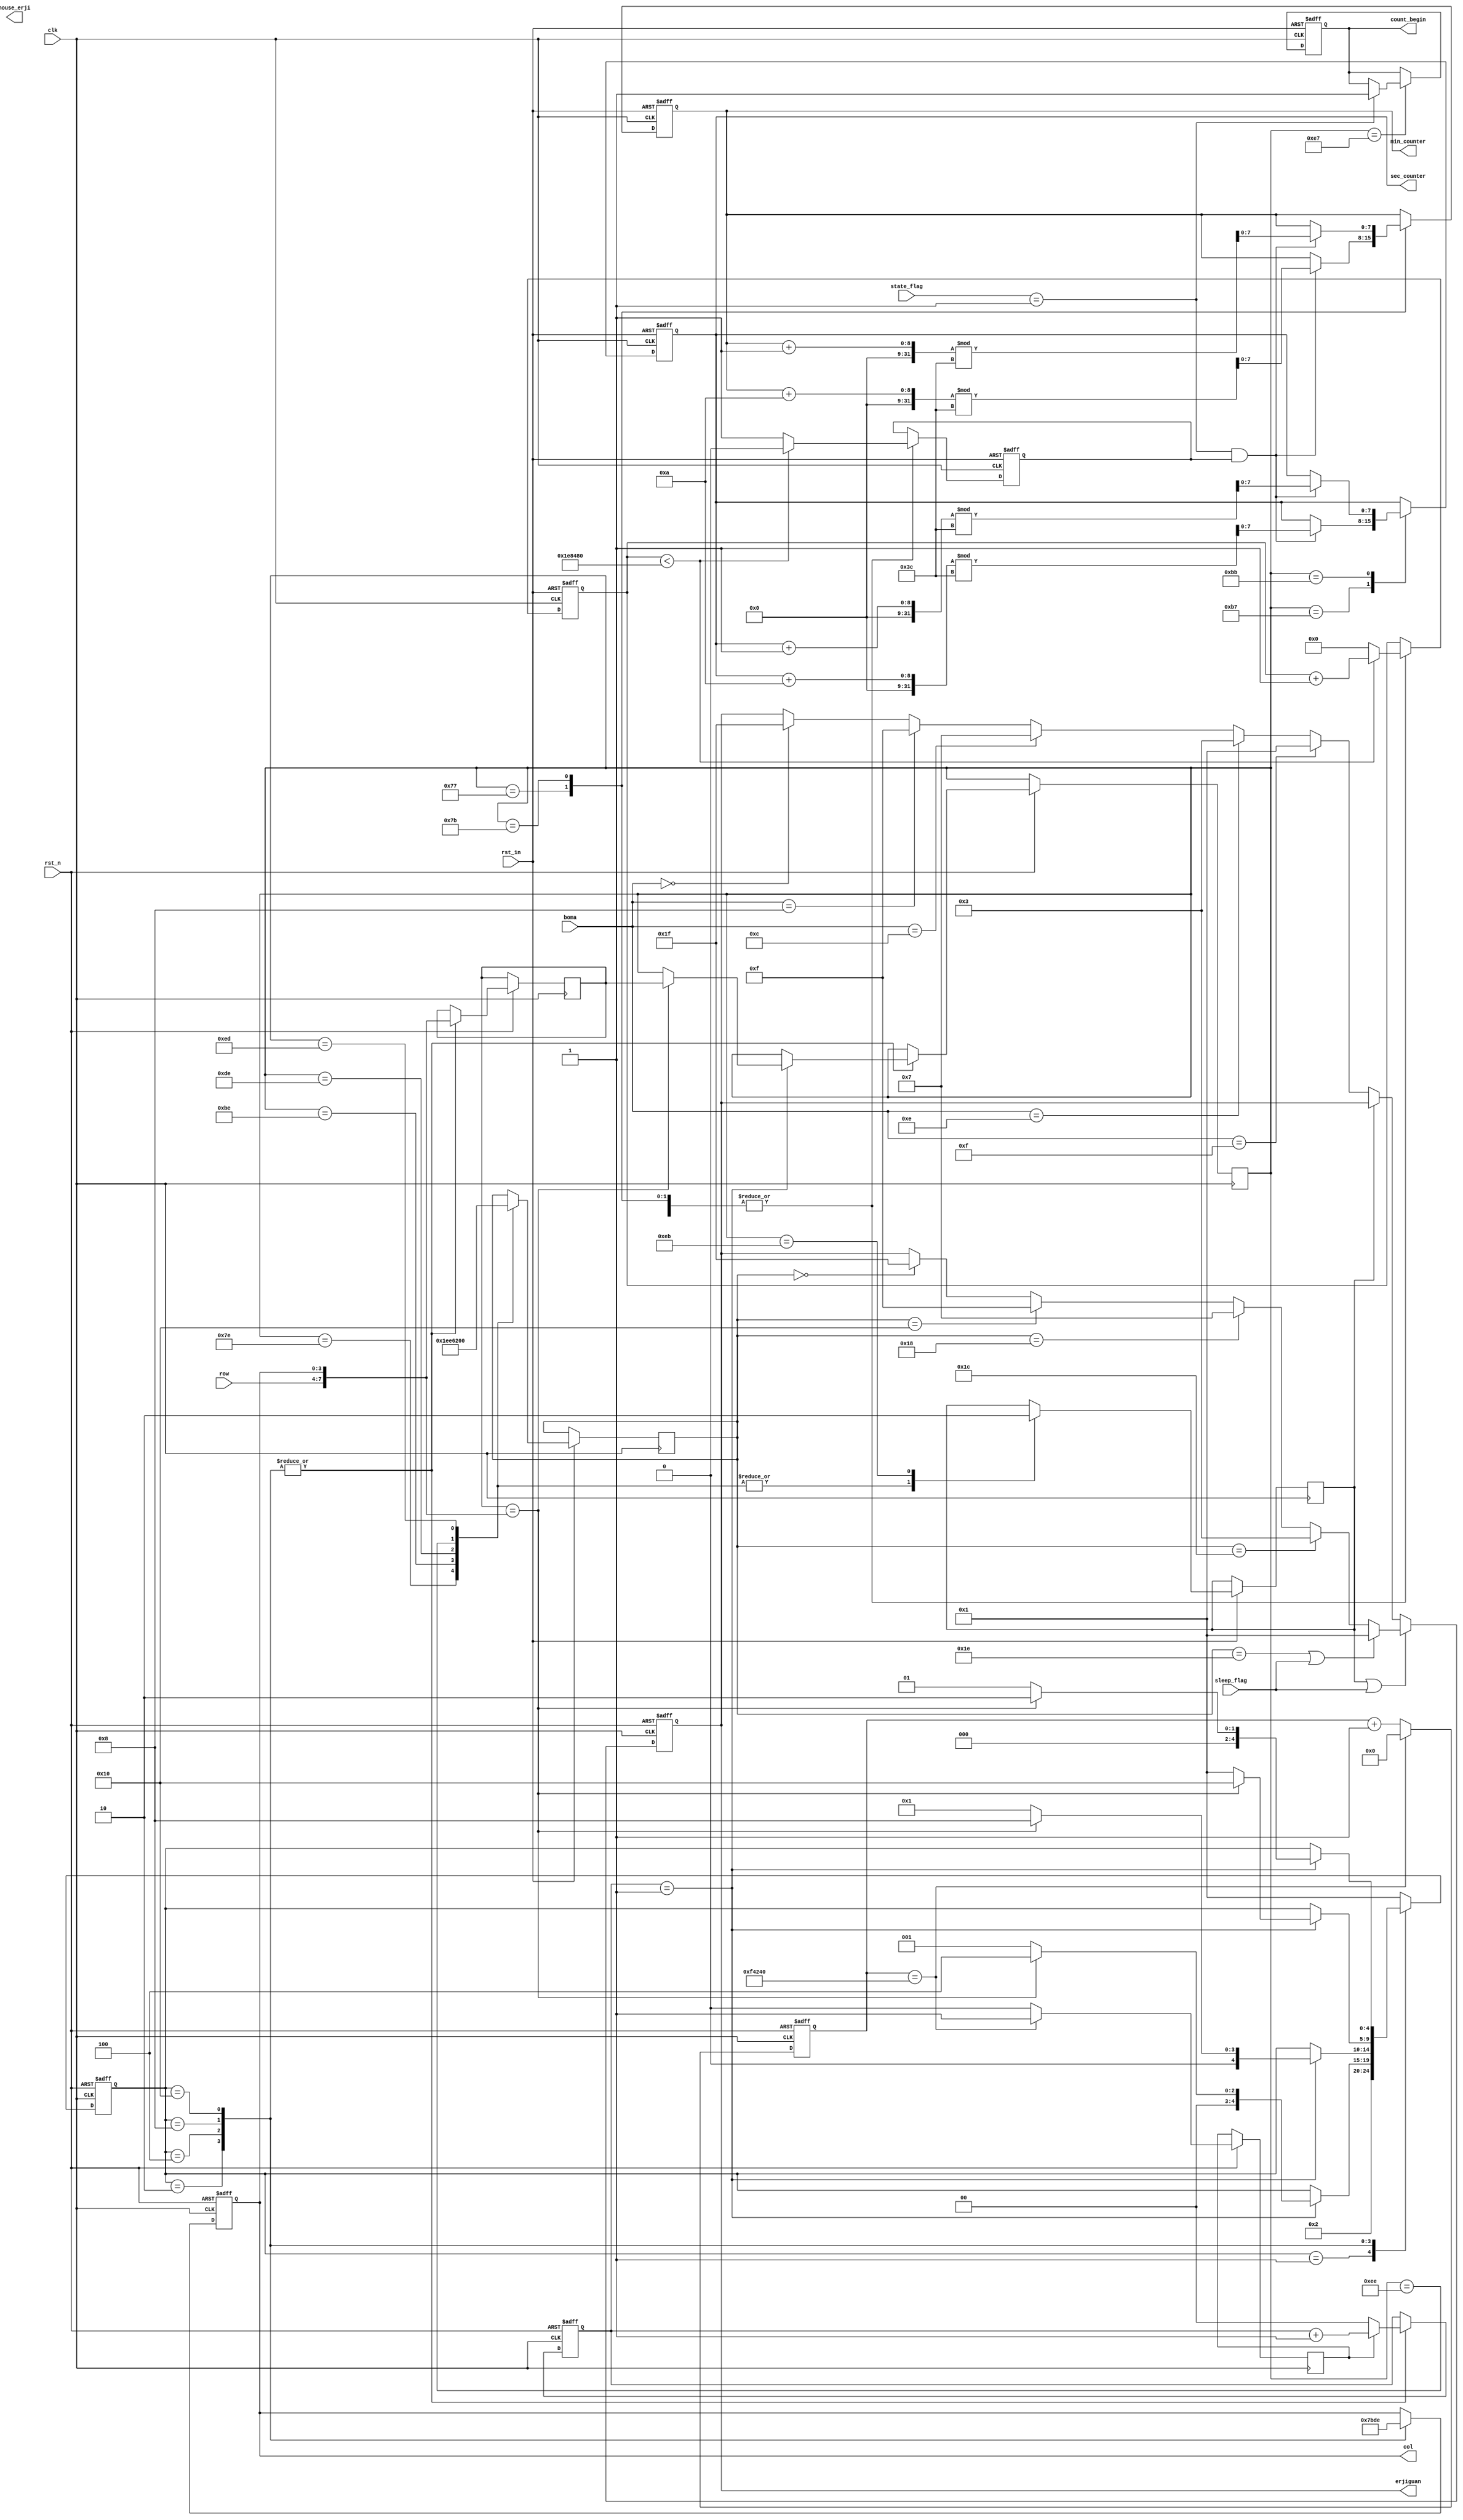
module machine_input(
		clk,rst_n,rst_1n,col,row,state_flag,boma,sleep_flag,erjiguan,
		min_counter,sec_counter,count_begin,nouse_erji); 

	input  clk,rst_n,rst_1n;
	input  [2:0]state_flag;   
	input  [3:0] row; 
	output reg [3:0] col; 
	output count_begin;
	output reg [7:0] min_counter;
	output reg [7:0] sec_counter;
	input [3:0]boma;
	input  sleep_flag;
   
	output reg[9:0] nouse_erji;
	
	
	output reg [4:0] erjiguan;
   	reg [4:0]shoudong_slect;
	reg shoudong_flag;
	wire [7:0] data;
	assign data= key_data; 
	
	reg clk_20ms; 
	reg [19:0] r; 

	always@(posedge clk,negedge rst_n) 
		if(!rst_n)
			r <= 20'b0;
		else if(r == 1000000)
		begin
			r <= 20'b0;
			clk_20ms <= 1'b1;          
		end
		
		else
		begin                          
			r <= r+1'b1;
			clk_20ms <= 1'b0;
		end
		
	wire [7:0] ranks;
	assign ranks = {row[3:0],col[3:0]}; 
	
	parameter coln = 5'b00_001,		    					
			  col0 = 5'b00_010,
			  col1 = 5'b00_100,
			  col2 = 5'b01_000,
			  col3 = 5'b10_000;
	reg [4:0] state;
	reg [7:0] key_data_buf,key_data;
	reg [1:0] delay;

	always@(posedge clk,negedge rst_n)  //扫描
	begin
	   
		
		if(!rst_n) 
		begin
			delay <= 2'b0;
			col <= 4'b1111;            //rst重置，按键无效 
			state <= coln;              //只扫描第一列
			
		end
		
		else
		begin
			case(state)
				coln: state <= col0;
				
				col0: 
				begin
					delay <= 2'b0;                    //延时标志               
					col <= 4'b0111; 
					key_data_buf <= ranks;             //拼位值
					if(clk_20ms)
						delay <= delay+1'b1;
						
					if(delay == 2'b01) 
					begin
						if(key_data_buf == ranks)     //延时20ms，确认无抖动，并且扫描
						begin
							key_data <= key_data_buf;   
							state <= col1;               
						end
						else
							state <= coln;      
					end
				end
				col1:
				begin
					delay <= 2'b0;
					col <= 4'b1011; 
					key_data_buf <= ranks;
					if(clk_20ms)
						delay <= delay+1'b1;
					if(delay == 2'b01)
					begin
						if(key_data_buf == ranks)
						begin
							key_data <= key_data_buf;
							state <= col2;
						end
						else
							state <= coln;
					end
				end
				col2:
				begin
					delay <= 2'b0;
					col <= 4'b1101;
					key_data_buf <= ranks;
					if(clk_20ms)
						delay <= delay+1'b1;
					if(delay == 2'b01)
					begin
						if(key_data_buf == ranks)
						begin
							key_data <= key_data_buf;
							state <= col3;
						end
						else
							state <= coln;
					end
				end
				col3:
				begin
					delay <= 2'b0;
					col <= 4'b1110;
					key_data_buf <= ranks;
					if(clk_20ms)
						delay <= delay+1'b1;
					if(delay == 2'b01)
					begin
						if(key_data_buf == ranks)
						begin
							key_data <= key_data_buf;
							state <= col0;
						end
						else
							state <= coln;
					end
				end
				
				default: state <= coln; 
			endcase
		end
	end
   
	always@(posedge clk,negedge rst_n)   
	begin
		if(!rst_n)
		erjiguan<=5'b00000;
		else
		begin
			if(shoudong_flag||sleep_flag)                    
			begin
				if(shoudong_slect==5'b11110||sleep_flag)
					begin
					erjiguan<=5'b00001;
					end
				else if(shoudong_slect==5'b11100)
					begin
					erjiguan<=5'b00011;
					end
				else if(shoudong_slect==5'b11000)
					begin
					erjiguan<=5'b00111;
					end
				else if(shoudong_slect==5'b10000)
					begin
					erjiguan<=5'b01111;
					end
				else if(shoudong_slect==5'b00000)                //how clean shoudongflag when rst_n？？
					begin
					erjiguan<=5'b11111;
					end
				
			end
			else if(!shoudong_flag) 
			begin  

				if(boma==4'b1111)
					erjiguan<=5'b00001;
				else if(boma==4'b1110)
					erjiguan<=5'b00011;
				else if(boma==4'b1100)
					erjiguan<=5'b00111;
				else if(boma==4'b1000)
					erjiguan<=5'b01111;
				else if(boma==4'b0000)
					erjiguan<=5'b11111;
			end
		end
	
	end

	reg count_begin;
	reg [31:0] num;
	reg cnt;
	always@(posedge clk,negedge rst_1n)					
	begin
	  if(!rst_1n)
			begin
			  count_begin <= 0;
			  min_counter<=0;
			  sec_counter<=0;
			  num<=0;
			  cnt<=1;
			end
		else 
			case(data)			
				8'b0111_0111: 
							begin 
							if(state_flag == 1&& cnt==1 )
								begin
									min_counter <= ((min_counter+10)%60);	//(1,1)fen shiwei
									num<=0;
								end
							if(num < 2000000)
								begin
								cnt<=0;
								num<=num+1;
								end
							else
								begin
									cnt<=1;
									num<=0;
								end
						end		
				8'b0111_1011: 
						begin 
							if(state_flag == 1&& cnt==1 )
								begin
									min_counter <=((min_counter+1)%60);	//(1,2)fen gewei
									num<=0;
								end
							if(num < 2000000)
								begin
								cnt<=0;
								num<=num+1;
								end
							else
								begin
									cnt<=1;
									num<=0;
								end
						end		
				8'b1011_0111: 
							begin 
							if(state_flag == 1&& cnt==1 )
								begin
									sec_counter <= ((sec_counter+10)%60);	//(2,1)miao shiwei 
									num<=0;
								end
							if(num < 2000000)
								begin
								cnt<=0;
								num<=num+1;
								end
							else
								begin
									cnt<=1;
									num<=0;
								end
						end		
				8'b1011_1011: 
						begin 
							if(state_flag == 1&& cnt==1 )
								begin
									sec_counter <=((sec_counter+1)%60);	//(2,2)miao gewei 
									num<=0;
								end
							if(num < 2000000)
								begin
								cnt<=0;
								num<=num+1;
								end
							else
								begin
									cnt<=1;
									num<=0;
								end
						end		

				8'b1110_0111:  											//(4,1)begin 
						begin 
							if(state_flag == 1)
								begin
								count_begin <=1 ;	
								end
						end
						
						
				///////////我加的//////////////
			   8'b0111_1110:  											//(1，4)
						begin 
					   shoudong_flag=1'b1;
						shoudong_slect=5'b11110;
						end
				8'b1011_1110:	                                  //(2,4)
                  begin 
						shoudong_flag=1'b1;
						shoudong_slect=5'b11100;
						end
				8'b1101_1110:	                                 //(3,4)
                  begin 
						shoudong_flag=1'b1;   
						shoudong_slect=5'b11000;
						end
				8'b1110_1110:	                                 //(4,4)
                  begin 
						shoudong_flag=1'b1;  
					   shoudong_slect=5'b10000;
						end				
				8'b1110_1101:	                                 //(4,3)
                  begin 
					   shoudong_flag=1'b1; 
						shoudong_slect=5'b00000;
						end
            8'b1110_1011:	                                 //(4,2)
                  begin 
					   shoudong_flag=1'b0;                     
						end						
				default: ;
			endcase
	end

endmodule